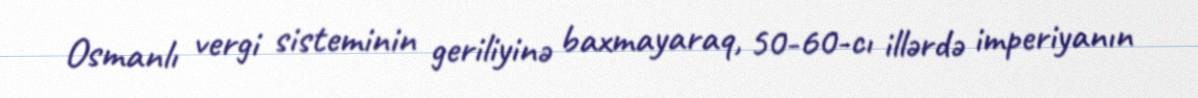
Osmanlı vergi sisteminin geriliyinə baxmayaraq, 50-60-cı illərdə imperiyanın